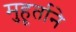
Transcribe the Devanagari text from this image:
मुहूर्ताने